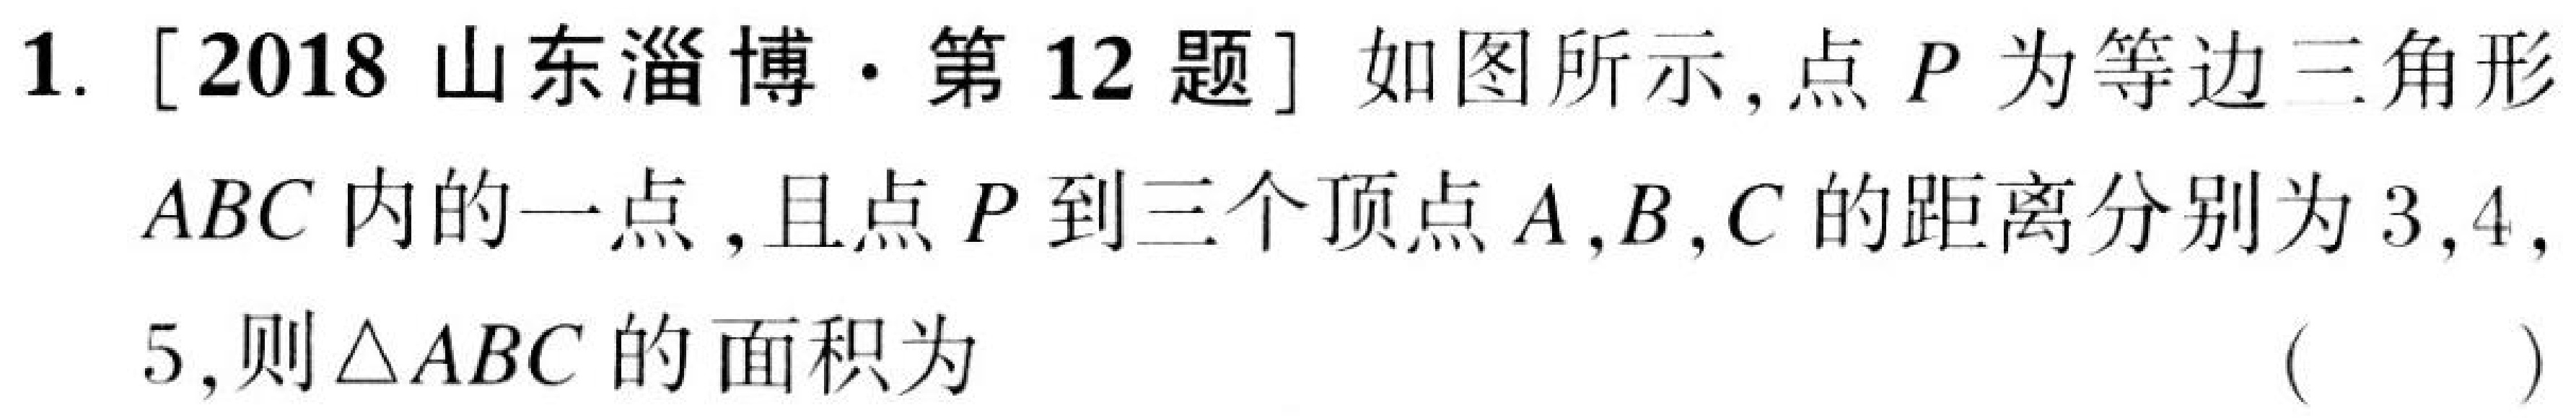
1. [2018山东淄博·第12题] 如图所示,点\(P\)为等边三角形
\(ABC\)内的一点,且点\(P\)到三个顶点\(A,B,C\)的距离分别为\(3,4,\)
\(5\),则\(\triangle ABC\)的面积为 （  ）